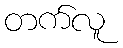
တက်လူ